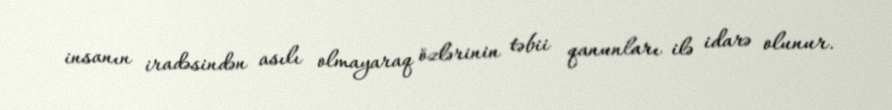
insanın iradəsindən asılı olmayaraq özlərinin təbii qanunları ilə idarə olunur.